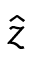
\hat { z }